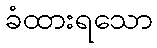
ခံထားရသော